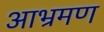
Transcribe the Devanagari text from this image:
आभ्रमण